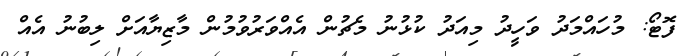
ފޮޓޯ: މުހައްމަދު ވަހީދު މިއަދު ކުޅުނު މެޗުން އެއްވަރުވުމުން މާޒިޔާއަށް ލިބުނު އެއް